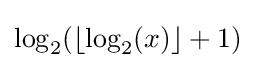
\log _{2}(\lfloor \log _{2}(x)\rfloor +1)